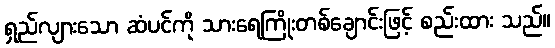
ရှည်လျားသော ဆံပင်ကို သားရေကြိုးတစ်ချောင်းဖြင့် စည်းထား သည်။